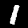
Label: 1